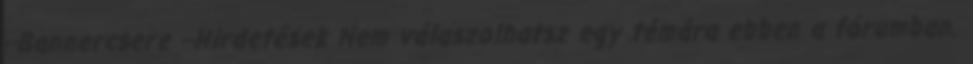
--Bannercsere --Hirdetések Nem válaszolhatsz egy témára ebben a fórumban.